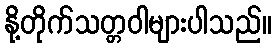
နို့တိုက်သတ္တဝါများပါသည်။